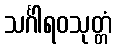
သင်္ဂါရဝသုတ္တံ